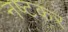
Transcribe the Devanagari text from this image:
नष्टकर